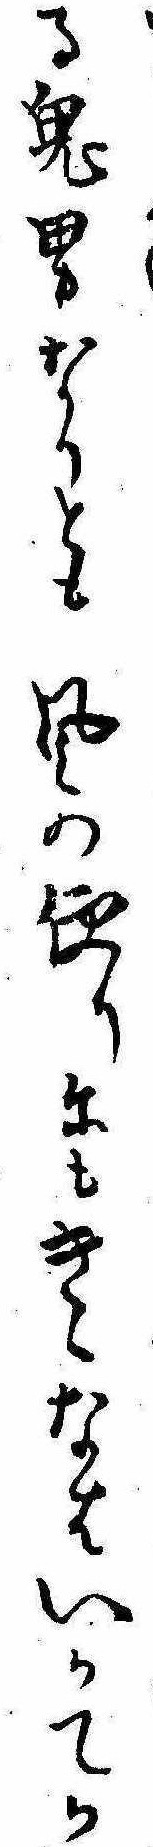
る鬼男なりとも風の便りにもきゝなはいかてか